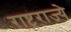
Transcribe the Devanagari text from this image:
राष्ट्रराज्ये